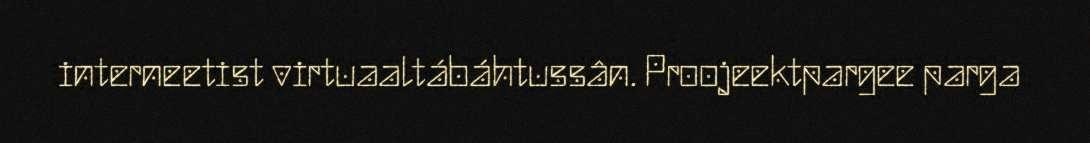
interneetist virtuaaltábáhtussân. Proojeektpargee parga